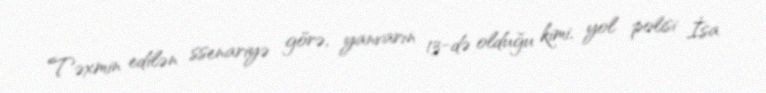
Təxmin edilən ssenariyə görə, yanvarın 13-də olduğu kimi, yol polisi İsa